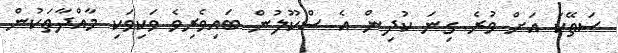
ސަތޭކަ އަށް ވުރެ ގިނަ ކުދިން އެ ސްކޫލުން ބައިވެރިވެ ވަކިވަކި މާއްދާތަކުން